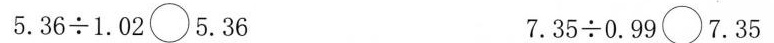
$$5 . 3 6 \div 1 . 0 2 \circ 5 . 3 6$$ $$7 . 3 5 \div 0 . 9 9 \circ 7 . 3 5$$